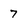
Character: 7